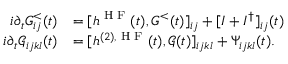
\begin{array} { r l } { i \partial _ { t } G _ { i j } ^ { < } ( t ) } & { = [ h ^ { \textrm { H F } } ( t ) , G ^ { < } ( t ) ] _ { i j } + [ I + I ^ { \dagger } ] _ { i j } ( t ) } \\ { i \partial _ { t } \mathcal { G } _ { i j k l } ( t ) } & { = [ h ^ { ( 2 ) , \textrm { H F } } ( t ) , \mathcal { G } ( t ) ] _ { i j k l } + \Psi _ { i j k l } ( t ) . } \end{array}